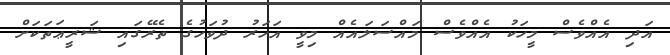
އަދި އެއްވެސް މީހަކު އެއްވެސް މައްސަލައެއް މިވީ އަހަރު ދުވަހުގެ ތެރޭގައި ޝަރީޢަތަކަށް